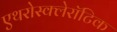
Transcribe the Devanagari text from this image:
एथरोस्क्लेरॉटिक